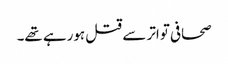
صحافی تواتر سے قتل ہورہے تھے۔